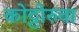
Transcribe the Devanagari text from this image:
कोट्टोरुवा